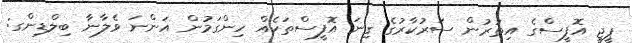
ޕީޖީ އޮފީސްގެ އިތުރުން ސަރުކާރުގެ ގިނަ އޮފީސްތަކެއް ހިންގަމުން އަންނަ ވެލާނާ ބިލްޑިންގ: